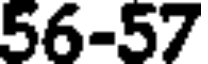
56-57